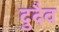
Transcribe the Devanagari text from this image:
दुदैव